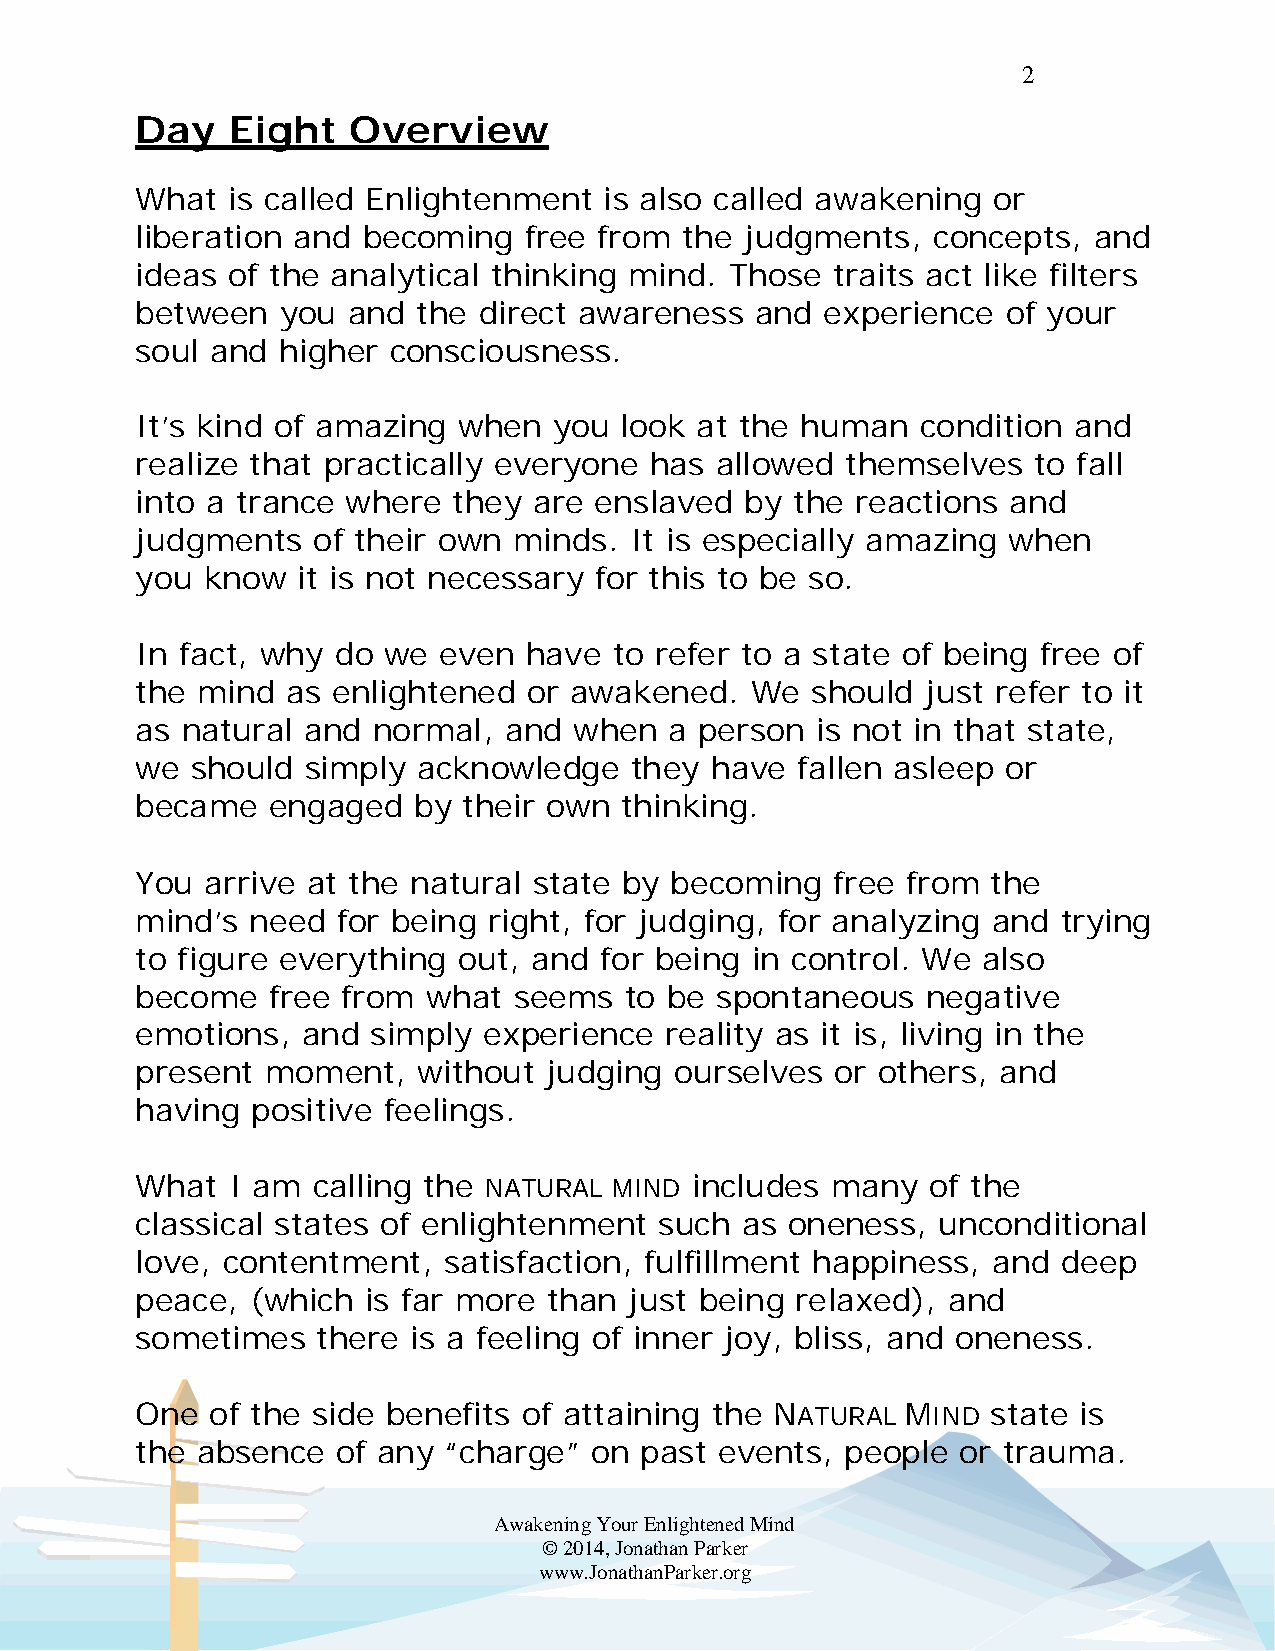
2
 Day   Eight   Overview
 What  is called Enlightenment  is also called awakening  or
 liberation and becoming   free from the judgments,   concepts, and
 ideas of the analytical thinking mind. Those  traits act like filters
 between   you and  the direct awareness  and  experience  of your
 soul and higher  consciousness.
 It’s kind of amazing when   you look at the human   condition and
 realize that practically everyone has allowed  themselves  to fall
 into a trance where  they are enslaved  by  the reactions and
 judgments   of their own minds.  It is especially amazing when
 you know   it is not necessary for this to be so.
 In fact, why do we  even  have  to refer to a state of being free of
 the mind  as enlightened  or awakened.   We  should just refer to it
 as natural and  normal, and  when  a person  is not in that state,
 we  should simply  acknowledge   they have  fallen asleep or
 became   engaged  by  their own thinking.
 You  arrive at the natural state by becoming  free from  the
 mind’s need  for being right, for judging, for analyzing and trying
 to figure everything out, and  for being in control. We also
 become   free from what  seems  to be spontaneous   negative
 emotions,  and  simply experience  reality as it is, living in the
 present  moment,   without judging  ourselves or others, and
 having  positive feelings.
 What  I am  calling the NATURAL MIND includes many   of the
 classical states of enlightenment  such as oneness,  unconditional
 love, contentment,  satisfaction, fulfillment happiness, and deep
 peace,  (which is far more than  just being relaxed), and
 sometimes   there is a feeling of inner joy, bliss, and oneness.
 One  of the side benefits of attaining the NATURAL MIND  state is
 the absence  of any “charge”  on past  events, people  or trauma.
 Awakening Your Enlightened Mind
 © 2014, Jonathan Parker
 www.JonathanParker.org